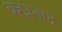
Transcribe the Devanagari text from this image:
ब्रह्मनाद